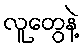
လူတွေနဲ့